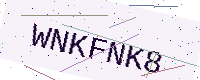
Text: WNKFNK8